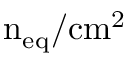
\mathrm { n } _ { \mathrm { e q } } / \mathrm { c m } ^ { 2 }